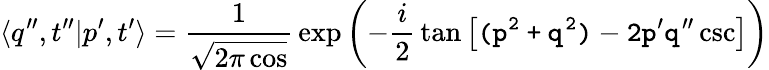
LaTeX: \langle q^{\prime\prime},t^{\prime\prime}|p^{\prime},t^{\prime}\rangle={\frac{1}{\sqrt{2\pi\cos\tt}}}\exp\left(-{\frac{i}{2}}\tan\tt\left[(p^{2}+q^{2})-2p^{\prime}q^{\prime\prime}\csc\tt\right]\right)